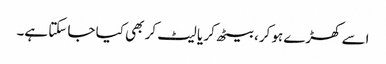
اسے کھڑے ہو کر، بیٹھ کر یا لیٹ کر بھی کیا جا سکتا ہے۔